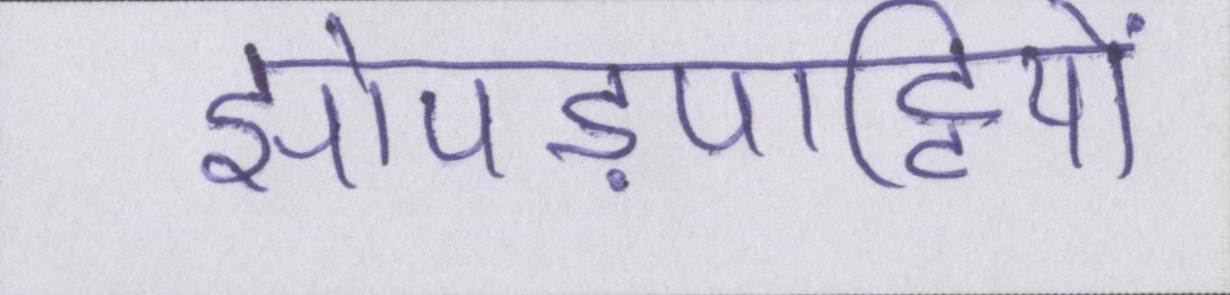
झोपड़पट्टियों